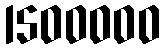
1500000